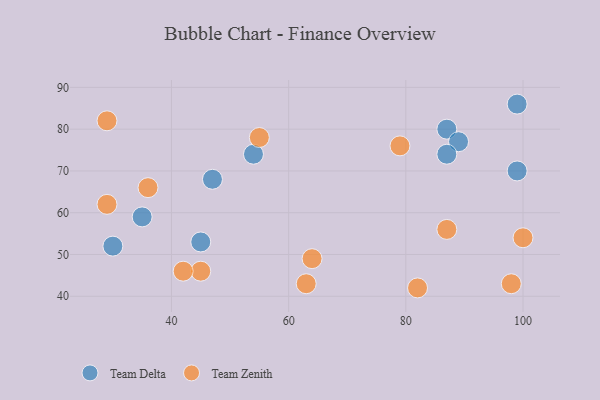
{"axis": {"x": "GDP", "y": "Life Expectancy"}, "legend": ["Team Delta", "Team Zenith"], "data": [{"x": "87", "y": 80, "type": "Team Delta"}, {"x": "47", "y": 68, "type": "Team Delta"}, {"x": "35", "y": 59, "type": "Team Delta"}, {"x": "30", "y": 52, "type": "Team Delta"}, {"x": "89", "y": 77, "type": "Team Delta"}, {"x": "87", "y": 74, "type": "Team Delta"}, {"x": "99", "y": 70, "type": "Team Delta"}, {"x": "45", "y": 53, "type": "Team Delta"}, {"x": "54", "y": 74, "type": "Team Delta"}, {"x": "99", "y": 86, "type": "Team Delta"}, {"x": "98", "y": 43, "type": "Team Zenith"}, {"x": "100", "y": 54, "type": "Team Zenith"}, {"x": "45", "y": 46, "type": "Team Zenith"}, {"x": "87", "y": 56, "type": "Team Zenith"}, {"x": "55", "y": 78, "type": "Team Zenith"}, {"x": "42", "y": 46, "type": "Team Zenith"}, {"x": "63", "y": 43, "type": "Team Zenith"}, {"x": "79", "y": 76, "type": "Team Zenith"}, {"x": "29", "y": 82, "type": "Team Zenith"}, {"x": "36", "y": 66, "type": "Team Zenith"}, {"x": "82", "y": 42, "type": "Team Zenith"}, {"x": "64", "y": 49, "type": "Team Zenith"}, {"x": "29", "y": 62, "type": "Team Zenith"}]}